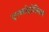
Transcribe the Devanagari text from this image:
एल्कोहोलिक्स